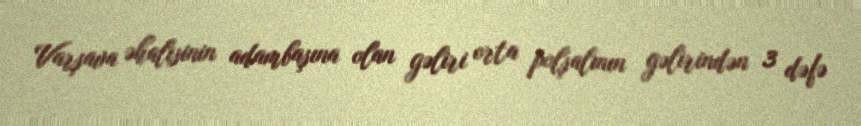
Varşava əhalisinin adambaşına olan gəliri orta polşalının gəlirindən 3 dəfə